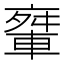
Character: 𨌤